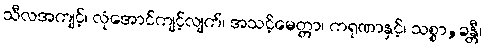
သီလအကျင့်၊ လုံအောင်ကျင့်လျက်၊ အသင့်မေတ္တာ၊ ကရုဏာနှင့်၊ သစ္စာ,ခန္တီ၊